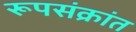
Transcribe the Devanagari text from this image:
रूपसंक्रांत